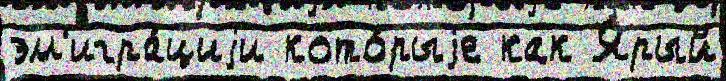
эм'игра́циjи кото́рыjе как Я́рый